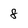
Character: 8